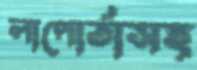
লাপোর্তাসহ